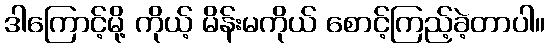
ဒါကြောင့်မို့ ကိုယ့် မိန်းမကိုယ် စောင့်ကြည့်ခဲ့တာပါ။